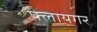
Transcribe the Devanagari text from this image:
फ्लायगर